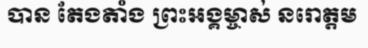
បាន តែងតាំង ព្រះអង្គម្ចាស់ នរោត្តម